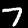
Label: 7